Tezpur Lunatic Asylum reports 1895-1904 - 1895-1904
Year: 1895
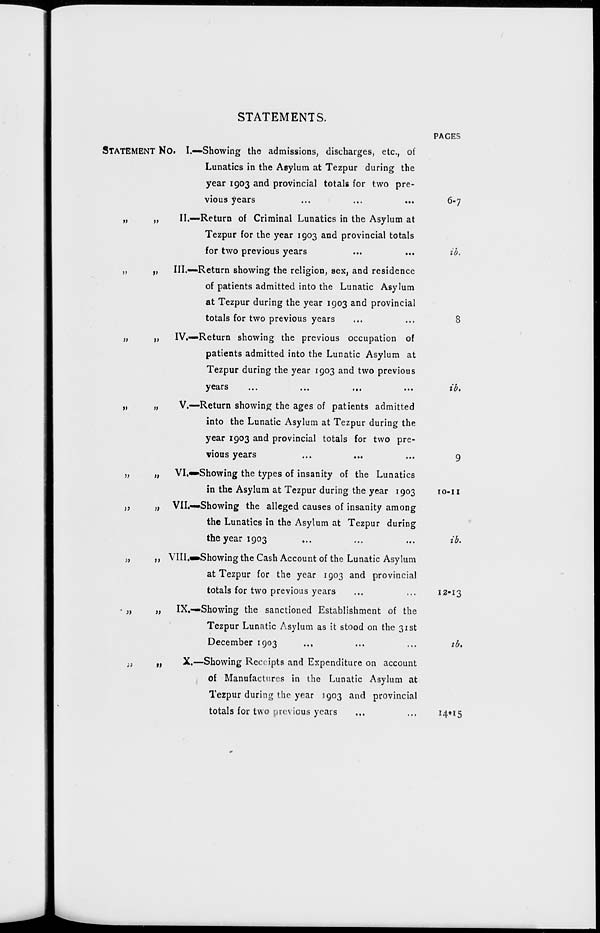
»
)>
)>
f»
»
)}
»
;>
)>
v
i)
STATEMENTS.
STATEMENT NO. I.—'Showing the admissions, discharges, etc., of
Lunatics in the Asylum at Tezpur during the
year 1903 and provincial totals for two pre-
vious years
II.—Return of Criminal Lunatics in the Asylum at
Tezpur for the year 1903 and provincial totals
for two previous years
III.—Return showing the religion, sex, and residence
of patients admitted into the Lunatic Asylum
at Tezpur during the year 1903 and provincial
totals for two previous years
IV.—Return showing the previous occupation of
patients admitted into the Lunatic Asylum at
Tezpur during the year 1903 and two previous
years
...
...
...
...
V.—Return showing the ages of patients admitted
into the Lunatic Asylum at Tezpur during the
year 1903 and provincial totals for two pre-
vious years
VI,«*»Showing the types of insanity of the Lunatics
in the Asylum at Tezpur during the year 1903
VII.—-Showing the alleged causes of insanity among
the Lunatics in the Asylum at Tezpur during
the year 1903
VIII.«»Showing the Cash Account of the Lunatic Asylum
at Tezpur for the year 1903 and provincial
totals for two previous years
IX.—Showing the sanctioned Establishment of the
Tezpur Lunatic Asylum as it stood on the 31st
December 1903
X.—Showing Receipts and Expenditure on account
of Manufactures in the Lunatic Asylum at
Tezpur during the year 1903 and provincial
totals for two previous years
»
»
i)
a
t)
PAGES
6-7
ib.
8
ib.
10-11
ib.
12-13
ib.
I4*i5